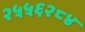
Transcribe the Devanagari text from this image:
२५५६२८४